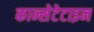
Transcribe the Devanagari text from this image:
कान्सेटेटाइन